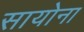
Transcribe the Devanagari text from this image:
सायोना